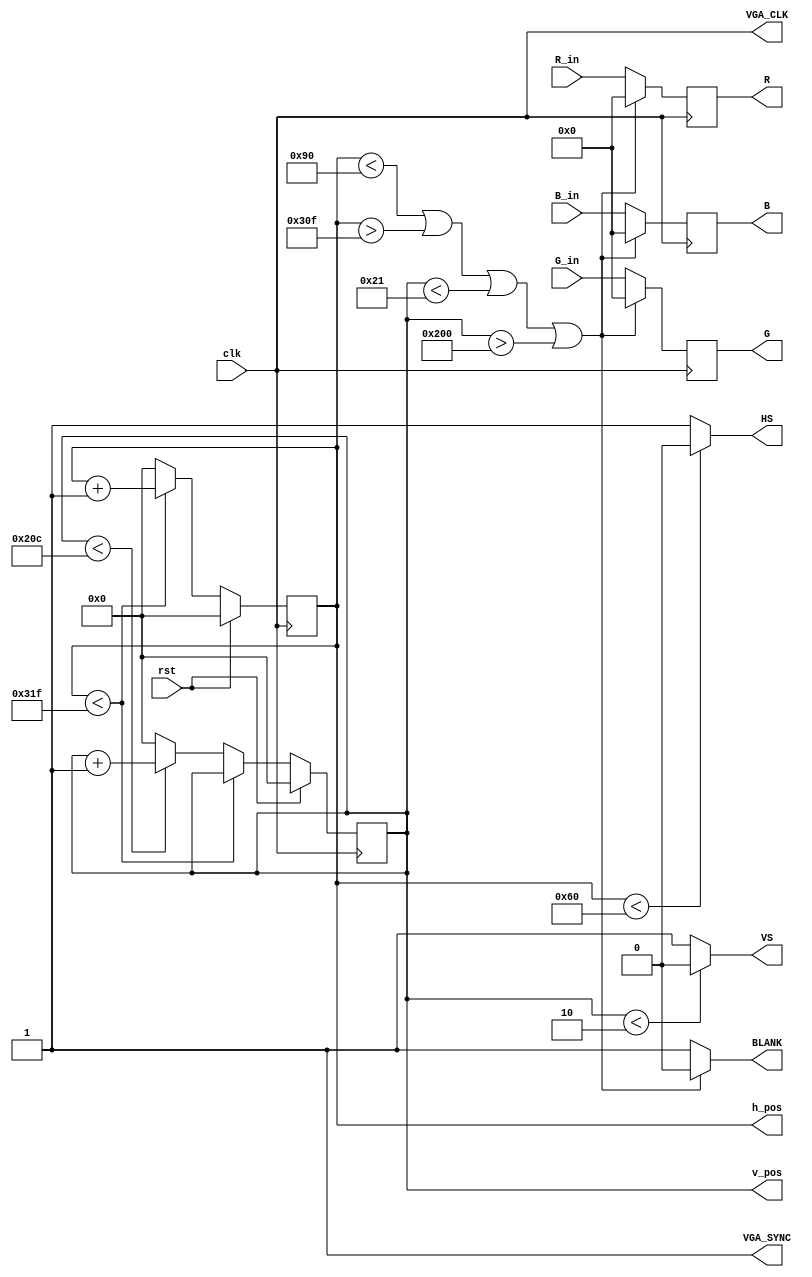
module VGA_Interface_block(
	
	clk,
	rst,
	R_in,
	G_in,
	B_in,
	R,G,B,
	HS,VS,
	BLANK,
	VGA_SYNC,
	VGA_CLK,
	h_pos,
	v_pos
); 

	input [7:0] R_in, G_in, B_in;
	input clk, rst;
	
	output reg [7:0] R, G, B;
	output HS, VS;
	output BLANK;
	output VGA_SYNC, VGA_CLK;
	
	parameter H_FRONT = 16;
	parameter H_SYNC = 96;
	parameter H_BACK = 48;
	parameter H_DISPLAY = 640;
	parameter H_BLANK = H_SYNC+H_BACK;
	parameter H_TOTAL = H_FRONT+H_SYNC+H_BACK+H_DISPLAY;

	parameter V_FRONT = 12;
	parameter V_SYNC = 2;
	parameter V_BACK = 31;
	parameter V_DISPLAY	= 480;
	parameter V_BLANK = V_SYNC+V_BACK;
	parameter V_TOTAL = V_FRONT+V_SYNC+V_BACK+V_DISPLAY;

	output reg [9:0] h_pos, v_pos;
	
	reg b_flag; 
	
	always @(posedge clk)
	begin
		if (rst == 1'b1)
		begin
			h_pos <= 1'b0;
			v_pos <= 1'b0;
		end
		else if (h_pos<H_TOTAL-1)//800 pulsos
		begin
			h_pos <= h_pos + 1'b1;
		end		
		else
			begin
				h_pos <= 1'b0;
				if (v_pos<V_TOTAL-1)//521 pulsos
					v_pos <= v_pos + 1'b1;	
				else
					v_pos <= 1'b0;
			end
	end
	
	always @(h_pos or v_pos)
	begin
		b_flag <= (h_pos<(H_BLANK) || h_pos>(H_TOTAL - H_FRONT - 1) || v_pos<(V_BLANK) || v_pos>(V_TOTAL - V_FRONT - 1));
	end
		

		
	assign HS = (h_pos < H_SYNC)?1'b0:1'b1;
	assign VS = (v_pos < V_SYNC)?1'b0:1'b1;
	assign BLANK = b_flag?1'b0:1'b1;
	
	assign VGA_CLK = clk;
	assign VGA_SYNC = 1'b1;

	always @(posedge clk )
	begin
		if(BLANK)
			begin
			/*R <= colors[250][23:16];
				G <= colors[0][15:8];
				B <= colors[0][7:0];*/
				R <= R_in;
				G <= G_in;
				B <= B_in;
			end
		else
			begin
				R <= 8'h00;
				G <= 8'h00;
				B <= 8'h00;
			end
	end
	
endmodule